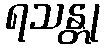
ရသန္တု